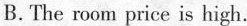
B. The room price is high.